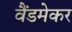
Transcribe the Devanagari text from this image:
वैंडमेकर